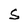
Character: S